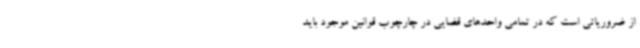
از ضروریاتی است که در تمامی واحدهای قضایی در چارچوب قوانین موجود باید